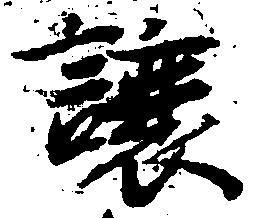
譲